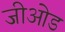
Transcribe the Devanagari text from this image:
जीओड